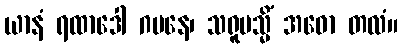
ယာနံ ရထာဒေါ ဂမနေ၊ သရူပသ္မိံ အဓော တလံ။